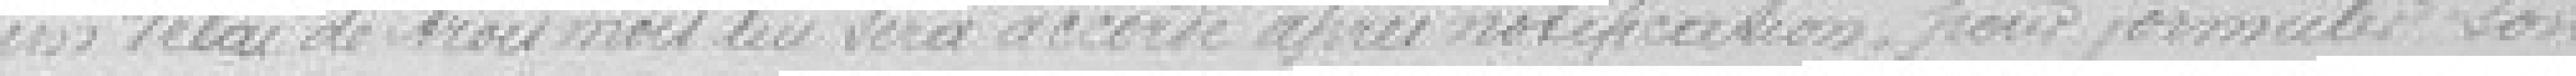
un délai de trois mois lui sera accordé après notification pour formuler son